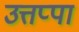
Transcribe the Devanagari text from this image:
उत्तप्पा